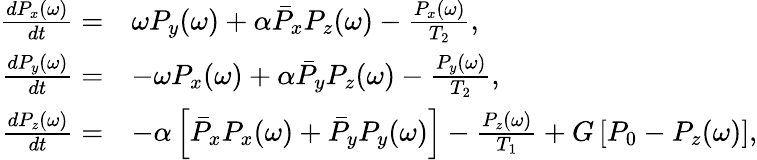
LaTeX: \begin{array}{rl}{\frac{dP_{x}(\omega)}{dt}=}&{\omega P_{y}(\omega)+\alpha\bar{P}_{x}P_{z}(\omega)-\frac{P_{x}(\omega)}{T_{2}},}\\ {\frac{dP_{y}(\omega)}{dt}=}&{-\omega P_{x}(\omega)+\alpha\bar{P}_{y}P_{z}(\omega)-\frac{P_{y}(\omega)}{T_{2}},}\\ {\frac{dP_{z}(\omega)}{dt}=}&{-\alpha\left[\bar{P}_{x}P_{x}(\omega)+\bar{P}_{y}P_{y}(\omega)\right]-\frac{P_{z}(\omega)}{T_{1}}+G\left[P_{0}-P_{z}(\omega)\right],}\end{array}